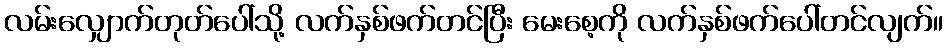
လမ်းလျှောက်တုတ်ပေါ်သို့ လက်နှစ်ဖက်တင်ပြီး မေးစေ့ကို လက်နှစ်ဖက်ပေါ်တင်လျက်။